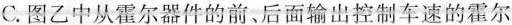
C.图乙中从霍尔器件的前、后面输出控制车速的霍尔